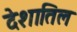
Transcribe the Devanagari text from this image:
देशातिल